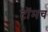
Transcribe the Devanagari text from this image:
टॉमच